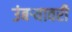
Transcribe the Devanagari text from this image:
उंबर्‍यावरी